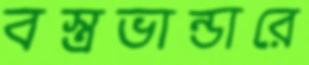
বস্ত্রভান্ডারে